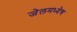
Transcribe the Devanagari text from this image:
जेलमध्येच